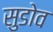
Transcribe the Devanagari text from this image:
सुडोव